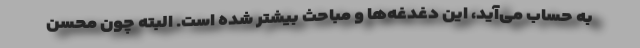
به حساب می‌آید، این دغدغه‌ها و مباحث بیشتر شده است. البته چون محسن